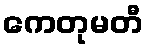
ကေတုမတီ